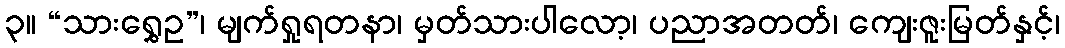
၃။ “သားရွှေဥ”၊ မျက်ရှုရတနာ၊ မှတ်သားပါလော့၊ ပညာအတတ်၊ ကျေးဇူးမြတ်နှင့်၊